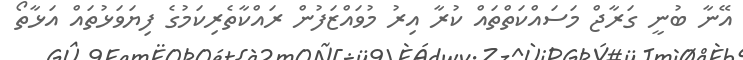
އޭނާ ބުނީ ގަރާޖް މަސައްކަތްތައް ކުރާ އިރު މުވައްޒަފުން ރައްކާތެރިކަމުގެ ފިޔަވަޅުތައް އަޅާތޯ